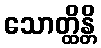
သောတ္ထိန္တိ